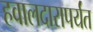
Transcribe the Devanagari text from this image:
हवालदारापर्यंत